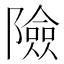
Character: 險